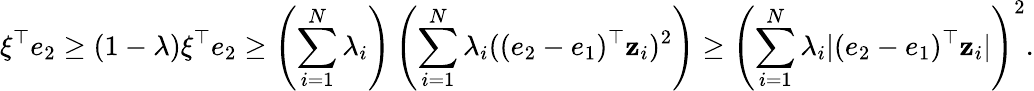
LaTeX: \xi^{\top}e_{2}\geq(1-\lambda)\xi^{\top}e_{2}\geq\left(\sum_{i=1}^{N}\lambda_{i}\right)\left(\sum_{i=1}^{N}\lambda_{i}((e_{2}-e_{1})^{\top}\mathbf z_{i})^{2}\right)\geq\left(\sum_{i=1}^{N}\lambda_{i}|(e_{2}-e_{1})^{\top}\mathbf z_{i}|\right)^{2}.